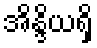
အိန္ဒိယရှိ